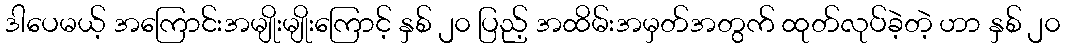
ဒါပေမယ့် အကြောင်းအမျိုးမျိုးကြောင့် နှစ် ၂၀ ပြည့် အထိမ်းအမှတ်အတွက် ထုတ်လုပ်ခဲ့တဲ့ ဟာ နှစ် ၂၀